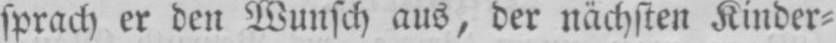
sprach er den Wunsch aus, der nächsten Kinder⸗